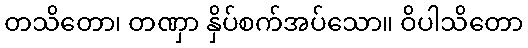
တသိတော၊ တဏှာ နှိပ်စက်အပ်သော။ ဝိပါသိတော